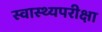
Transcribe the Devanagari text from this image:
स्वास्थ्यपरीक्षा